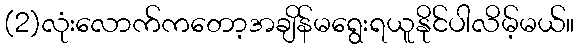
(2)လုံးလောက်ကတော့အချိန်မရွေးရယူနိုင်ပါလိမ့်မယ်။